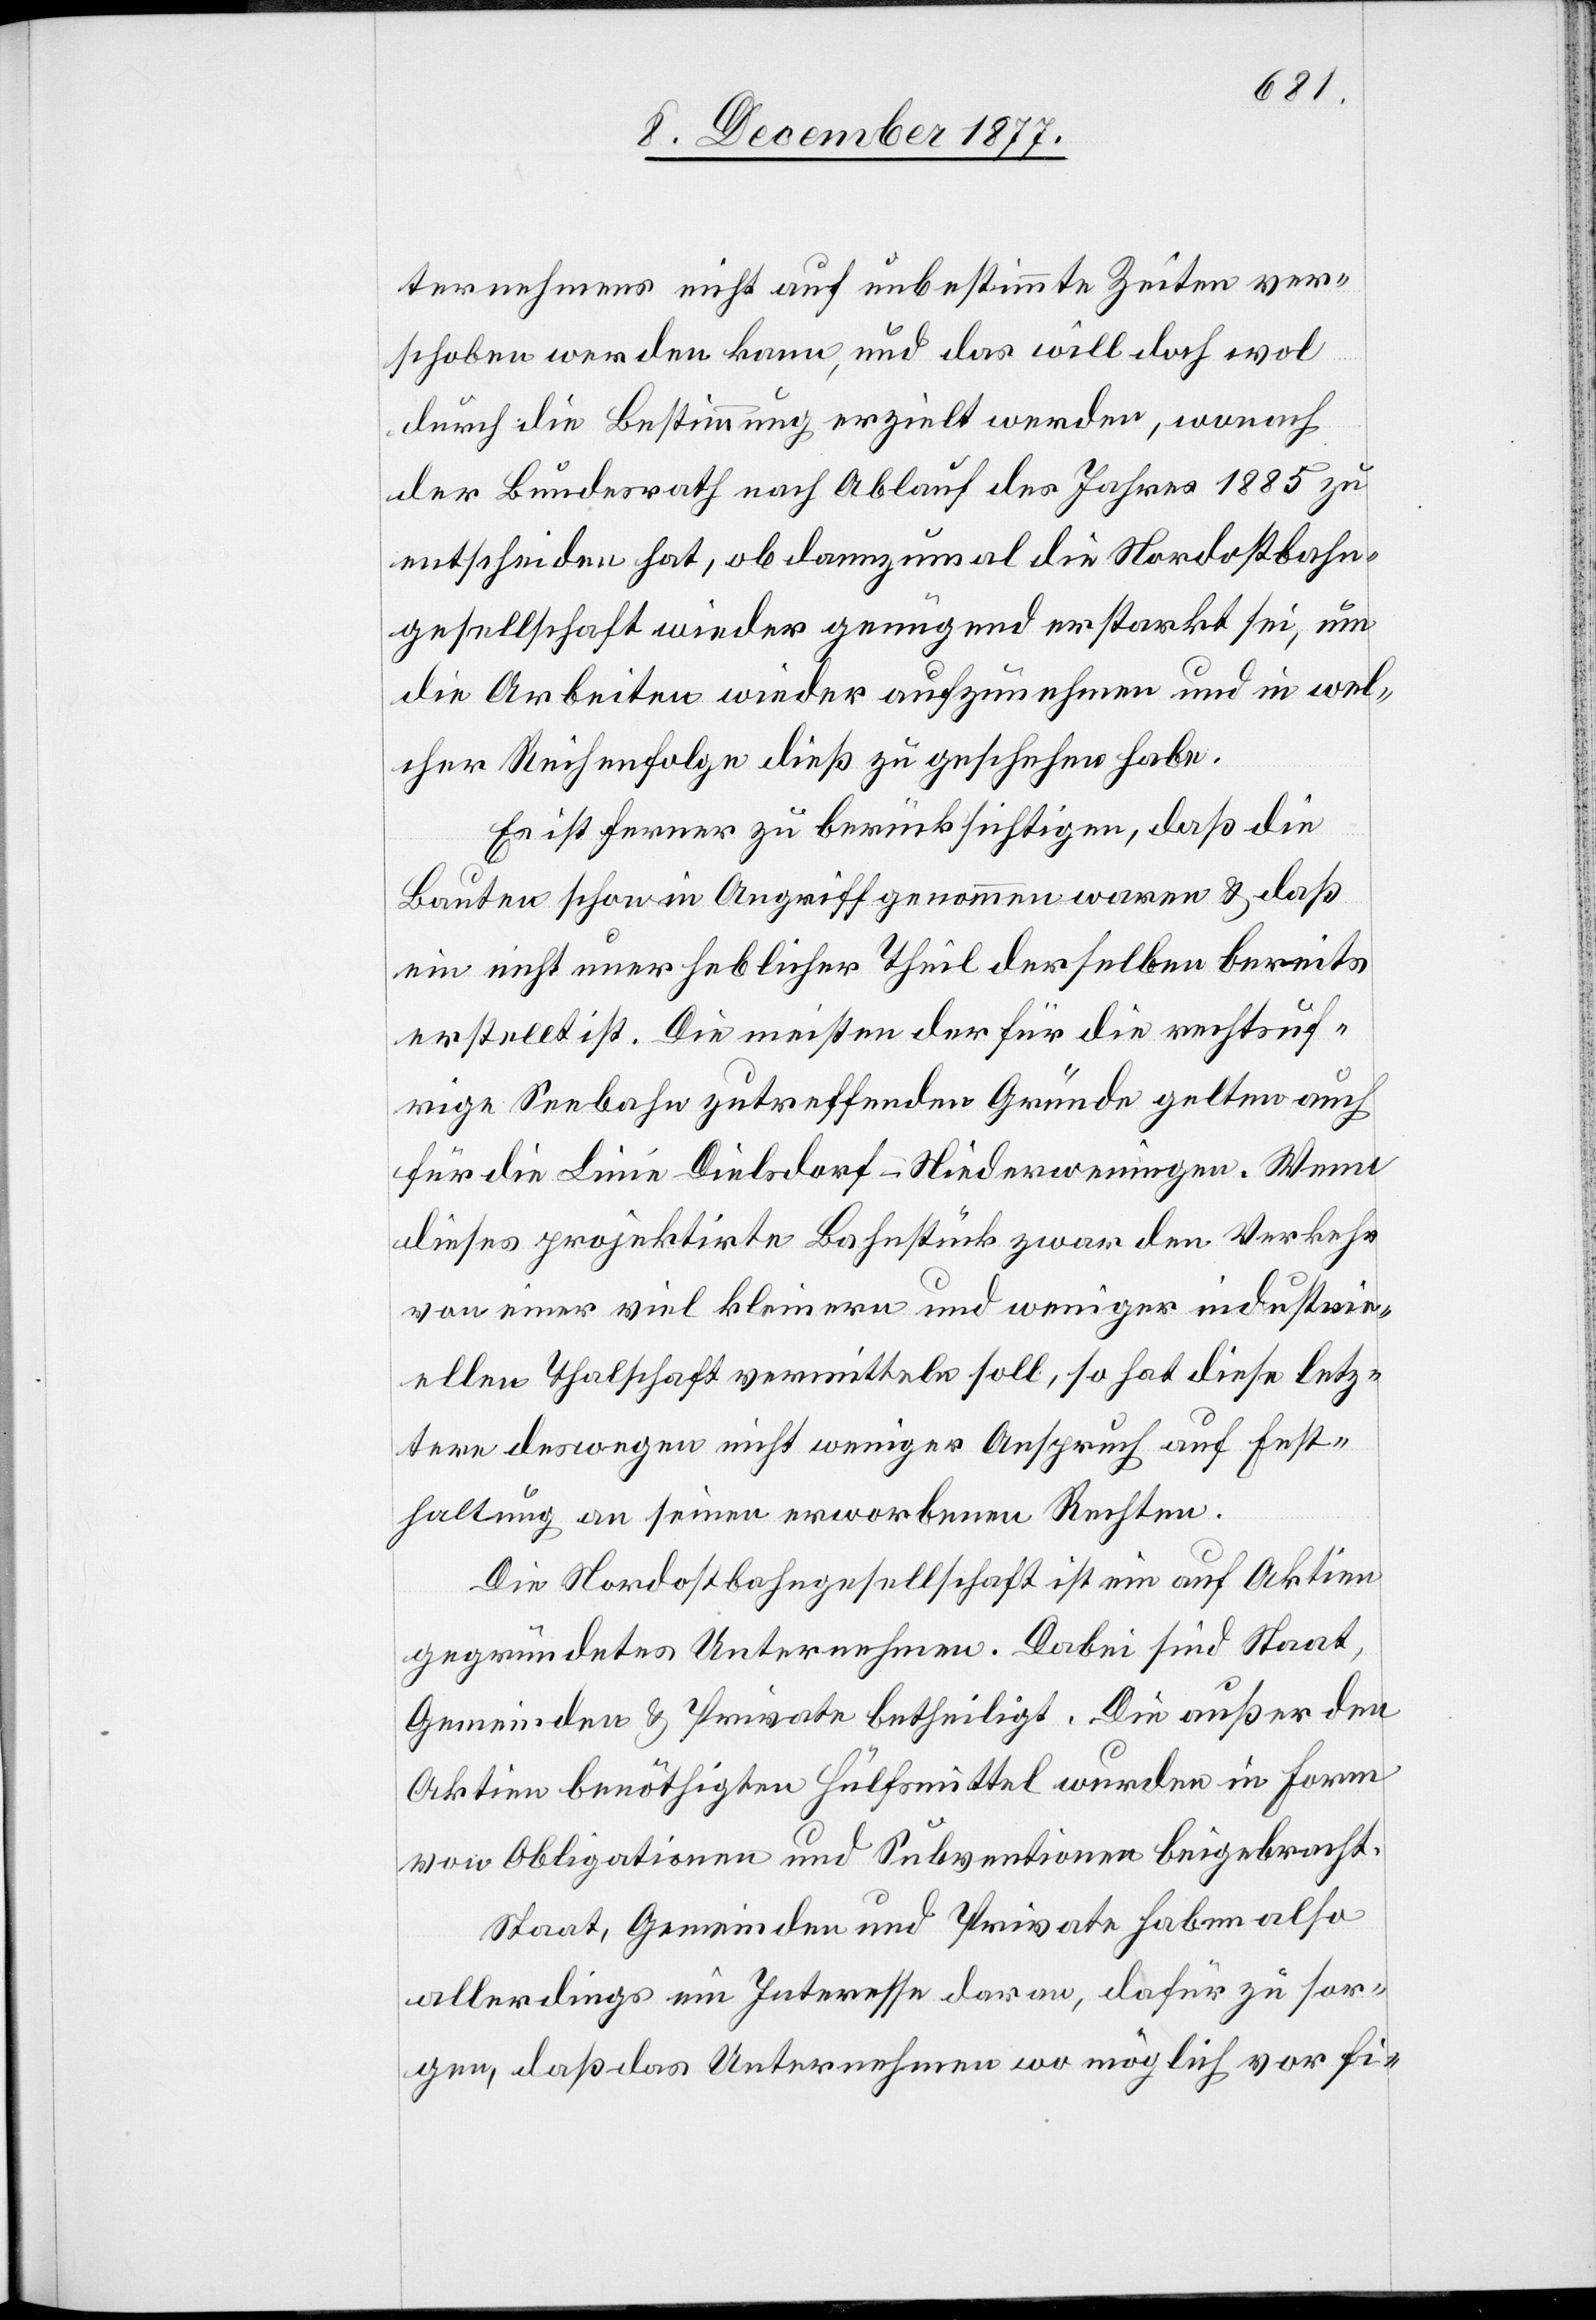
ternehmens nicht auf unbestimmte Zeiten ver¬
schoben werden kann, und das will doch wol
durch die Bestimmung erzielt werden, wonach
der Bundesrath nach Ablauf des Jahres 1885 zu
entscheiden hat, ob dannzumal die Nordostbahn¬
gesellschaft wieder genügend erstarkt sei, um
die Arbeiten wieder aufzunehmen und in wel¬
cher Reihenfolge dieß zu geschehen habe.
Es ist ferner zu berücksichtigen, daß die
Bauten schon in Angriff genommen waren & daß
ein nicht unerheblicher Theil derselben bereits
erstellt ist. Die meisten der für die rechtsuf¬
rige Seebahn zutreffenden Gründe gelten auch
für die Linie Dielsdorf–Niederweningen. Wenn
dieses projektirte Bahnstück zwar den Verkehr
von einer viel kleinern und weniger industrie¬
ellen Thalschaft vermitteln soll, so hat diese letz¬
tere deswegen nicht weniger Anspruch auf Fest¬
haltung an seinen erworbenen Rechten.
Die Nordostbahngesellschaft ist ein auf Aktien
gegründetes Unternehmen. Dabei sind Staat,
Gemeinden & Private betheiligt. Die außer den
Aktien benöthigten Hülfsmittel wurden in Form
von Obligationen und Subventionen beigebracht.
Staat, Gemeinden und Private haben also
allerdings ein Interesse daran, dafür zu sor¬
gen, daß das Unternehmen wo möglich vor fi-